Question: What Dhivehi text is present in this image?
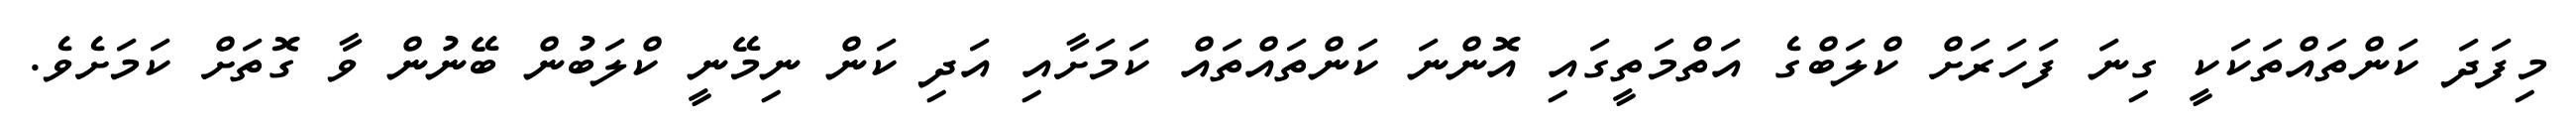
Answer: މިފަދަ ކަންތައްތަކަކީ ގިނަ ފަހަރަށް ކްލަބްގެ އަތްމަތީގައި އޮންނަ ކަންތައްތައް ކަމަށާއި އަދި ކަން ނިމޭނީ ކްލަބުން ބޭނުން ވާ ގޮތަށް ކަމަށެވެ.